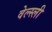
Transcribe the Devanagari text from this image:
वेल्स्ली